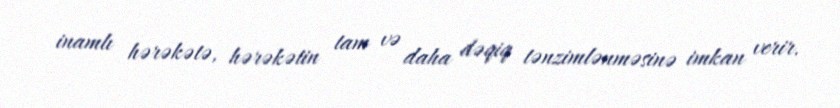
inamlı hərəkətə, hərəkətin tam və daha dəqiq tənzimlənməsinə imkan verir.